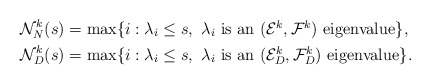
\begin{align*} \begin{aligned}\mathcal{N}^k_N (s) &= \max\{i: \lambda_i \leq s,\ \lambda_i \mbox{ is an $ (\mathcal{E}^k,\mathcal{F}^k) $ eigenvalue}\},\\\mathcal{N}_D^k(s) &= \max\{i: \lambda_i \leq s,\ \lambda_i \mbox{ is an $ (\mathcal{E}^k_D,\mathcal{F}^k_D)$ eigenvalue}\}.\end{aligned} \end{align*}